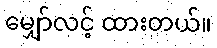
မျှော်လင့် ထားတယ်။